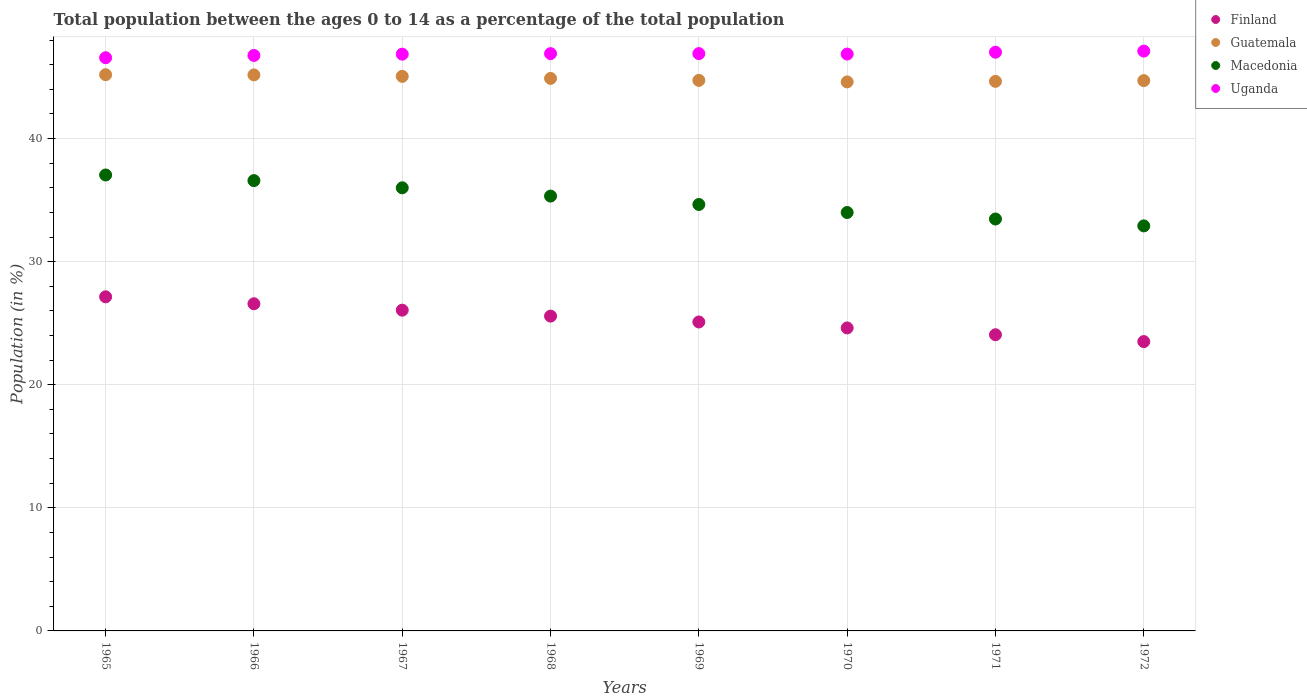
| Years | Finland | Guatemala | Macedonia | Uganda |
 | --- | --- | --- | --- | --- |
 | 1965 | 27.1 | 45.2 | 37 | 46.6 |
 | 1966 | 26.6 | 45.2 | 36.6 | 46.8 |
 | 1967 | 26.1 | 45.1 | 36 | 46.9 |
 | 1968 | 25.6 | 44.9 | 35.3 | 46.9 |
 | 1969 | 25.1 | 44.7 | 34.6 | 46.9 |
 | 1970 | 24.6 | 44.6 | 34 | 46.9 |
 | 1971 | 24.1 | 44.7 | 33.5 | 47 |
 | 1972 | 23.5 | 44.7 | 32.9 | 47.1 |